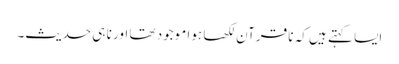
ایسا کہتے ہیں کہ نا قرآن لکھا ہوا موجود تھا اور نا ہی حدیث۔